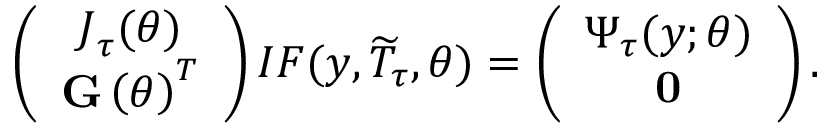
\left( \begin{array} { c } { \boldsymbol { J } _ { \tau } ( \boldsymbol { \theta } ) } \\ { \mathbf { G } \left( \boldsymbol { \theta } \right) ^ { T } } \end{array} \right) I F ( \boldsymbol { y } , \widetilde { T } _ { \tau } , \boldsymbol { \theta } ) = \left( \begin{array} { c } { \boldsymbol { \Psi } _ { \boldsymbol { \tau } } ( \boldsymbol { y } ; \boldsymbol { \theta ) } } \\ { \mathbf { 0 } } \end{array} \right) .